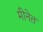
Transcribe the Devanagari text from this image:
मीनेत